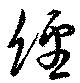
經